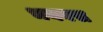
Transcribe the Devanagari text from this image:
भयवस